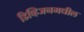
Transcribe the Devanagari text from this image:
डिव्हिजनमधील